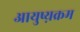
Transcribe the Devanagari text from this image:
आयुष्य़क्रम